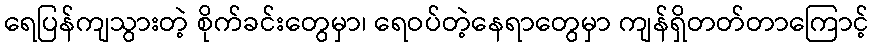
ရေပြန်ကျသွားတဲ့ စိုက်ခင်းတွေမှာ၊ ရေဝပ်တဲ့နေရာတွေမှာ ကျန်ရှိတတ်တာကြောင့်